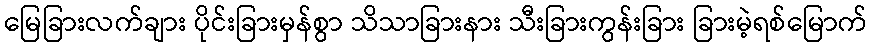
မြေခြားလက်ချား ပိုင်းခြားမှန်စွာ သိသာခြားနား သီးခြားကွန်းခြား ခြားမဲ့ရစ်မြောက်